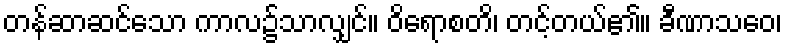
တန်ဆာဆင်သော ကာလ၌သာလျှင်။ ဝိရောစတိ၊ တင့်တယ်၏။ ခီဏာသဝေ၊